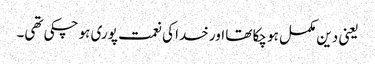
یعنی دین مکمل ہو چکا تھا اور خدا کی نعمت پوری ہو چکی تھی۔